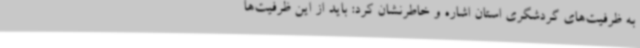
به ظرفیت‌های گردشگری استان اشاره و خاطرنشان کرد: باید از این ظرفیت‌ها